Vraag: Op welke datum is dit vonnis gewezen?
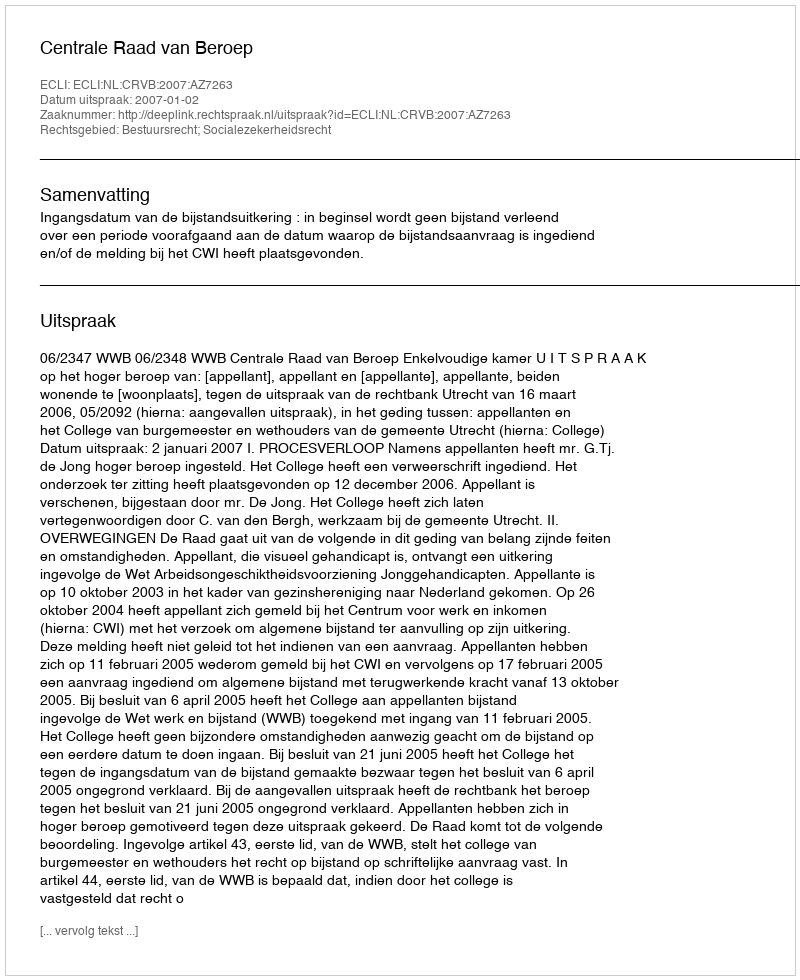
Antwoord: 2007-01-02